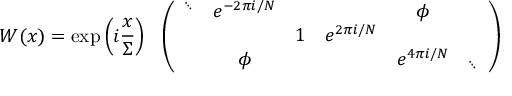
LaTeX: W ( x ) = \exp \left( i \frac { x } { \Sigma } \right) \ \ \left( \begin{array} { c c c c c c } { { \mathrm { } ^ { \ddots } } } & { { e ^ { - 2 \pi i / N } } } & { { } } & { { } } & { { \phi } } \\ { { } } & { { } } & { { 1 } } & { { e ^ { 2 \pi i / N } } } & { { } } & { { } } \\ { { } } & { { \phi } } & { { } } & { { } } & { { e ^ { 4 \pi i / N } } } & { { \mathrm { } _ { \ddots } } } \end{array} \right)